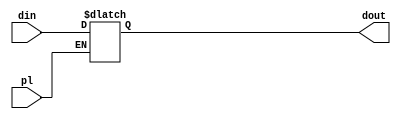
`timescale 1ns / 1ps
//////////////////////////////////////////////////////////////////////////////////
// Company: 
// Engineer: 
// 
// Design Name: 
// Module Name: reg
// Project Name: 
// Target Devices: 
// Tool Versions: 
// Description: 
// 
// Dependencies: 
// 
// Revision:
// Revision 0.01 - File Created
// Additional Comments:
// 
//////////////////////////////////////////////////////////////////////////////////


module reg_p(din, pl, dout);
    parameter width = 12;
    
    input [width-1:0] din;
    input pl;
    output reg [width-1:0] dout;
    
    always@(din) begin
        if(pl) dout = din;
    end
endmodule